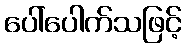
ပေါ်ပေါက်သဖြင့်